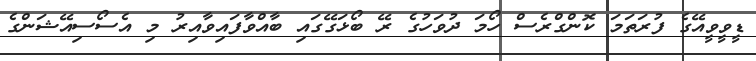
ޑީވީވީއޭގެ ފުރަތަމަ ކޮންގްރެސް ހޯމަ ދުވަހުގެ ރޭ ބޯޅަގޭގައި ބާއްވާފައިވާއިރު މި އެސޯސިއޭޝަންގެ